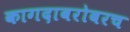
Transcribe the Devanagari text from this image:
कागदाबरोबरच